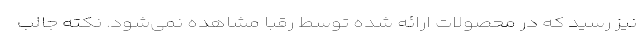
نیز رسید که در محصولات ارائه شده توسط رقبا مشاهده نمی‌شود. نکته جالب